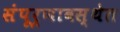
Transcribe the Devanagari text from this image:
संंपूर्णावस्थेत